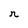
Character: r